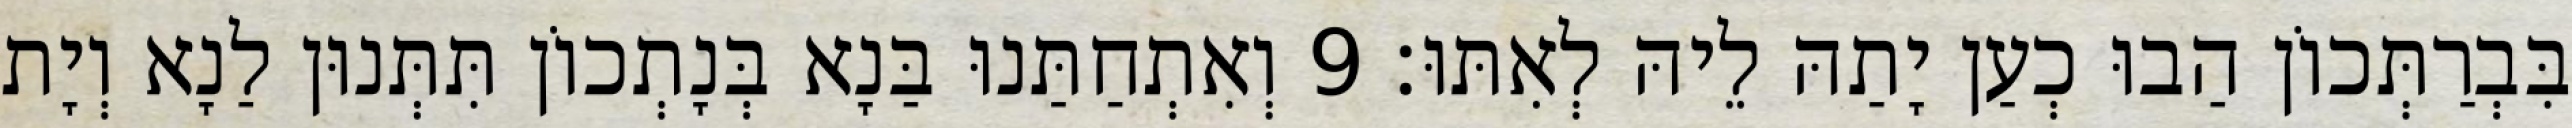
בִּבְרַתְּכוֹן הַבוּ כְעַן יָתַהּ לֵיהּ לְאִתּוּ׃ 9 וְאִתְחַתַּנוּ בַּנָא בְּנָתְכוֹן תִּתְּנוּן לַנָא וְיָת